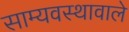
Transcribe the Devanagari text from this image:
साम्यवस्थावाले